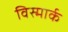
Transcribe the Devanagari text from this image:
विस्मार्क